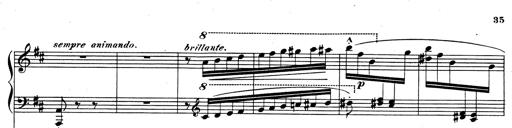
Title: Rhapsodie espagnole
Composer: Franz Liszt